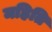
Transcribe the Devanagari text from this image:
महिति